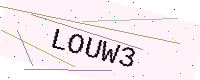
Text: LOUW3